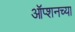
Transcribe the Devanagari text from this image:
ऑप्शनच्या